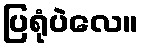
ပြရုံပဲလေ။